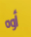
أوه